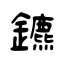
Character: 鑣